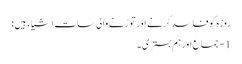
روزہ کوفاسد کرنے اورتوڑنے والی سات اشیاء ہیں :
1 - جماع اورہم بستری ۔